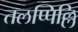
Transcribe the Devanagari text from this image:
तलप्पिल्लि